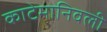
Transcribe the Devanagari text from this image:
काटेमानिवली